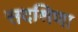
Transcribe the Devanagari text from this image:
सदश्रिणा